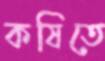
কষিতে